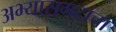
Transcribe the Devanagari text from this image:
अभ्यासगटाचा